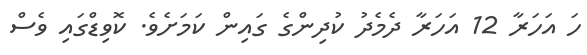
ހަ އަހަރާ 12 އަހަރާ ދެމެދު ކުދިންގެ ގައިން ކަމަށެވެ. ކޮވިޑްގައި ވެސް